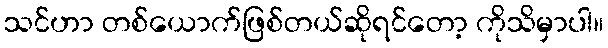
သင်ဟာ တစ်ယောက်ဖြစ်တယ်ဆိုရင်တော့ ကိုသိမှာပါ။